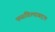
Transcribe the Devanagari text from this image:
फसविल्याबद्दल